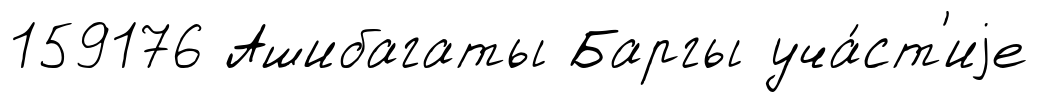
159176 Ашибагаты Баргы уча́ст'иjе